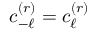
c _ { - \ell } ^ { ( r ) } = c _ { \ell } ^ { ( r ) }